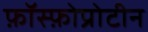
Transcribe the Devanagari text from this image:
फ़ॉस्फ़ोप्रोटीन